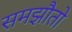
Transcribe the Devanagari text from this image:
समझौतो